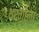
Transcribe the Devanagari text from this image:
थरंगाला